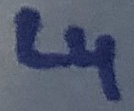
Text: L4